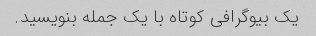
یک بیوگرافی کوتاه با یک جمله بنویسید.